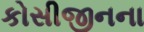
કોસીજીનના